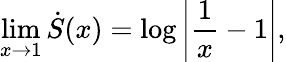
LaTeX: \operatorname*{lim}_{x\rightarrow 1}\dot{S}(x)=\log\left|\frac{1}{x}-1\right|,